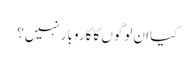
کیا ان لوگوں کا کاروبار نہیں؟